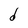
Character: d